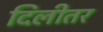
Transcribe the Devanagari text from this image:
दिलीतर